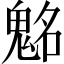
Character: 𩳊